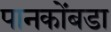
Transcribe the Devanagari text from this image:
पानकोंबडा